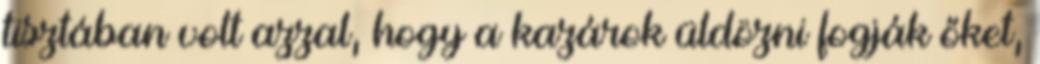
tisztában volt azzal, hogy a kazárok üldözni fogják őket,